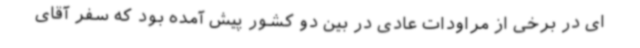
ای در برخی از مراودات عادی در بین دو کشور پیش آمده بود که سفر آقای